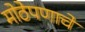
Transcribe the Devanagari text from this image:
मोठेपणाचे